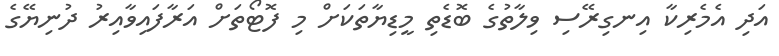
އަދި އެމެރިކާ އިނގިރޭސި ވިލާތުގެ ބޮޑެތި މީޑިޔާތަކަށް މި ފޮޓޯތަށް އަރާފައިވާއިރު ދުނިޔޭގެ